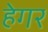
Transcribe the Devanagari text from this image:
हेगर